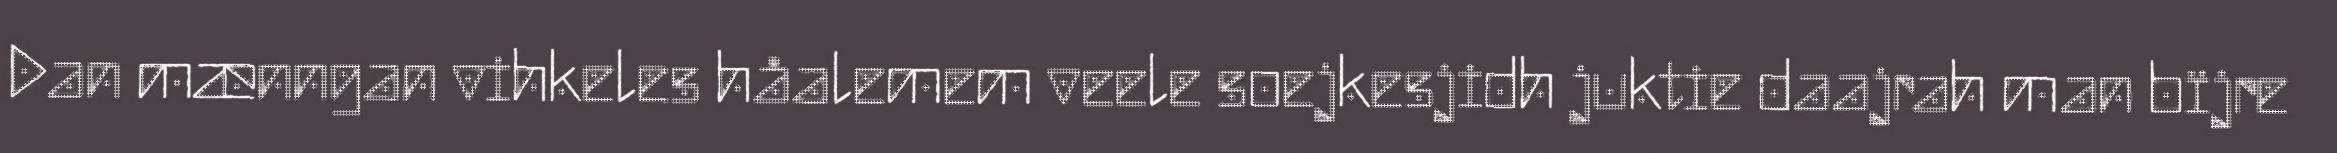
Dan mænngan vihkeles håalemem veele soejkesjidh juktie daajrah man bïjre